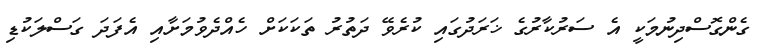
ގެންގޮސްދިނުމަކީ އެ ސަރުކާރުގެ ޚަރަދުގައި ކުރެވޭ ދަތުރު ތަކަކަށް ހެއްދެވުމަށާއި އެފަދަ ގަސްލަކުޑި